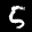
Label: 5